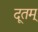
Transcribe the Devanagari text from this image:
दूतम्